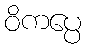
ဝိကပ္ပေ